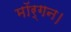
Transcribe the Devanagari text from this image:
मॉर्गन।